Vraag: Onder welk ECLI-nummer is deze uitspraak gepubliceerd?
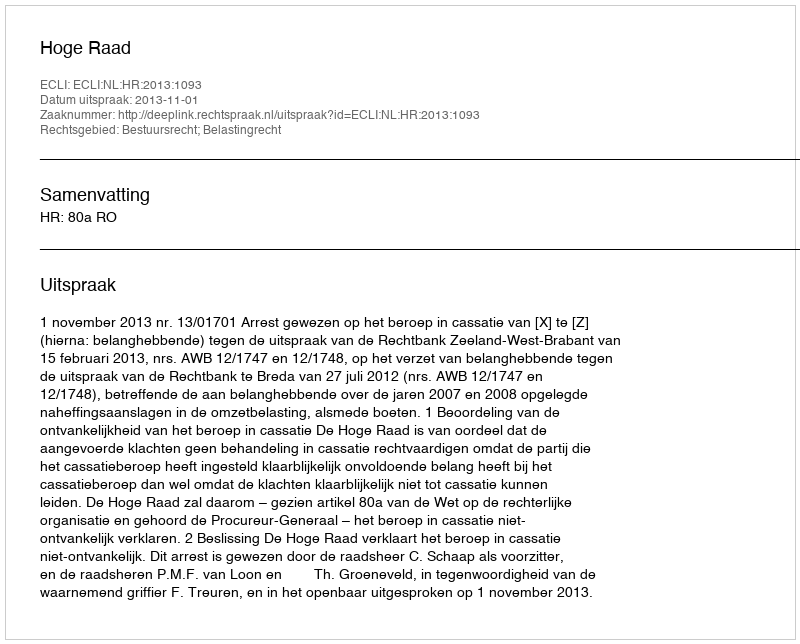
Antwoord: ECLI:NL:HR:2013:1093